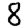
Digit: 8